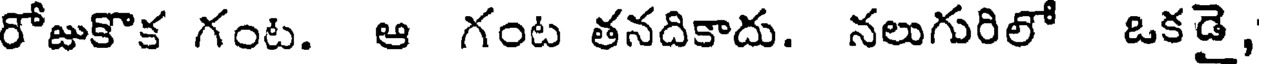
రోజుకొక గంట. ఆ గంట తనదికాదు. నలుగురిలో ఒకడై,